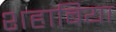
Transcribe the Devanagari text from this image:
शहाबिया